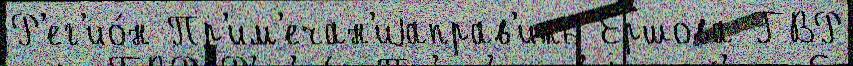
Р'ег'ио́н Пр'им'ечан'иjаправ'ить Ершова ГВР